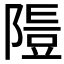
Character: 𨻭